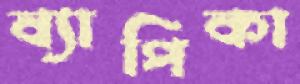
ব্যাপিকা